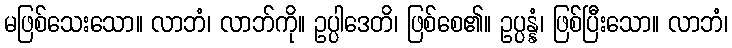
မဖြစ်သေးသော။ လာဘံ၊ လာဘ်ကို။ ဥပ္ပါဒေတိ၊ ဖြစ်စေ၏။ ဥပ္ပန္နံ၊ ဖြစ်ပြီးသော။ လာဘံ၊